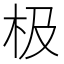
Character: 极